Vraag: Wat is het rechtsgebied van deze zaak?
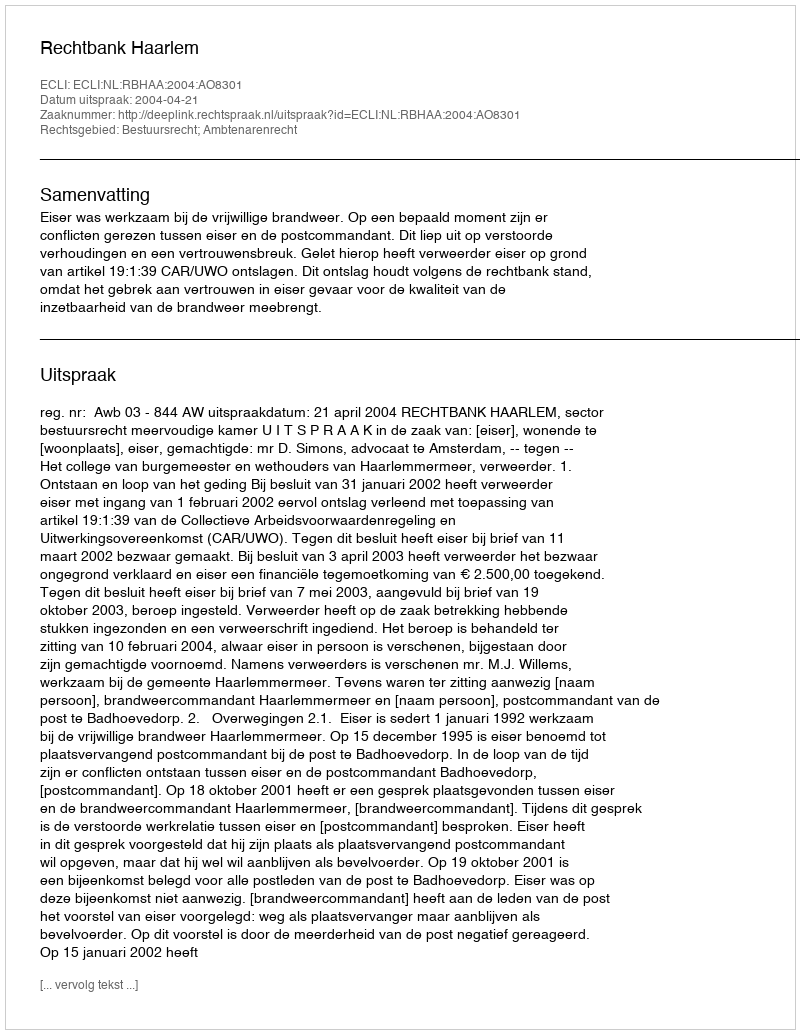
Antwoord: Bestuursrecht; Ambtenarenrecht